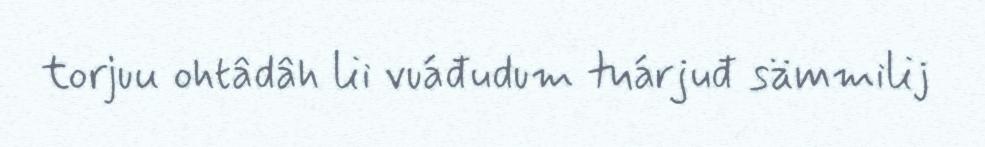
torjuu ohtâdâh lii vuáđudum tuárjuđ sämmilij